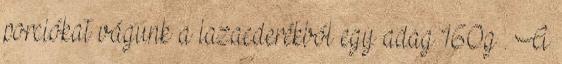
porciókat vágunk a lazacderékból egy adag 160g . A